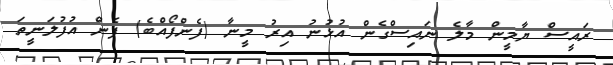
ރައީސް ޔާމީން މާލެ ނައިސްގެން އުޅުނު އިރު މީނާ (ފެންފޯއްބެ) ފެން އުފުލަނީތަ